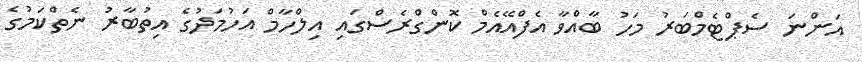
އަންނަ ސެޕްޓެމްބަރު މަހު ބާއްވާ އެފްއޭއެމް ކޮންގްރެސްގައި އިލްހާމް އަހުމަދުގެ އިތުބާރު ނެތްކަމުގެ